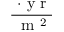
\frac { \ \cdot \mathrm { ~ y ~ r ~ } } { \mathrm { ~ m ~ } ^ { 2 } }